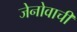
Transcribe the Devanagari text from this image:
जेनोवाची